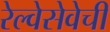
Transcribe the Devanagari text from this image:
रेल्वेसेवेची